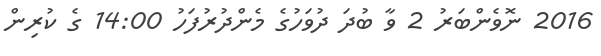
2016 ނޮވެންބަރު 2 ވާ ބުދަ ދުވަހުގެ މެންދުރުފަހު 14:00 ގެ ކުރިން